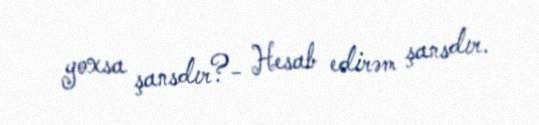
yoxsa şansdır?- Hesab edirəm şansdır.